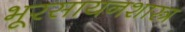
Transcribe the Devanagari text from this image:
भूरसायनशास्त्र